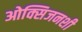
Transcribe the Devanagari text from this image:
ओक्सिजनशी